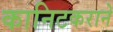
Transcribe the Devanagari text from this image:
कानिटकराने